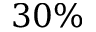
3 0 \%